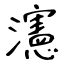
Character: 瀗